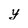
Character: y